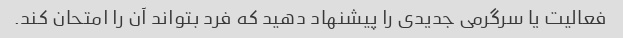
فعالیت یا سرگرمی جدیدی را پیشنهاد دهید که فرد بتواند آن را امتحان کند.